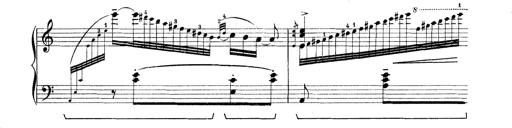
Title: Rapsodie: 19 ungheresi, 1 spagnuola
Composer: Franz Liszt